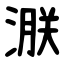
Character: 㴨